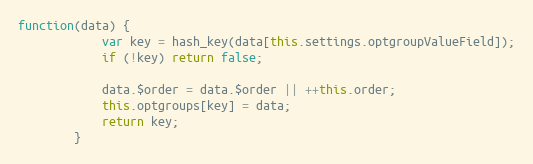
Language: JavaScript
function(data) {
			var key = hash_key(data[this.settings.optgroupValueField]);
			if (!key) return false;

			data.$order = data.$order || ++this.order;
			this.optgroups[key] = data;
			return key;
		}